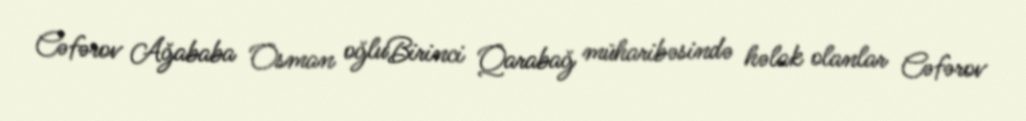
Cəfərov Ağababa Osman oğluBirinci Qarabağ müharibəsində həlak olanlar Cəfərov